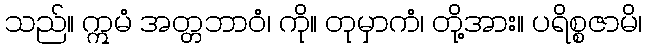
သည်။ ဣမံ အတ္တဘာဝံ၊ ကို။ တုမှာကံ၊ တို့အား။ ပရိစ္စဇာမိ၊